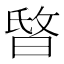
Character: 𣇻